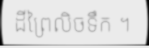
ដីព្រៃលិចទឹក ។